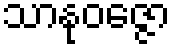
သာနုဝဇ္ဇော